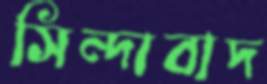
সিন্দাবাদ